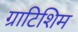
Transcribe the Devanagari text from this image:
ग्राटिशिम